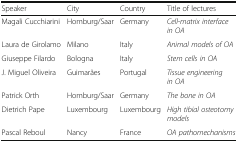
<table><thead><tr><td><b>Speaker</b></td><td><b>City</b></td><td><b>Country</b></td><td><b>Title of lectures</b></td></tr></thead><tbody><tr><td>Magali Cucchiarini</td><td>Homburg/Saar</td><td>Germany</td><td><i>Cell-matrix interface in OA</i></td></tr><tr><td>Laura de Girolamo</td><td>Milano</td><td>Italy</td><td><i>Animal models of OA</i></td></tr><tr><td>Giuseppe Filardo</td><td>Bologna</td><td>Italy</td><td><i>Stem cells in OA</i></td></tr><tr><td>J. Miguel Oliveira</td><td>Guimarães</td><td>Portugal</td><td><i>Tissue engineering in OA</i></td></tr><tr><td>Patrick Orth</td><td>Homburg/Saar</td><td>Germany</td><td><i>The bone in OA</i></td></tr><tr><td>Dietrich Pape</td><td>Luxembourg</td><td>Luxembourg</td><td><i>High tibial osteotomy models</i></td></tr><tr><td>Pascal Reboul</td><td>Nancy</td><td>France</td><td><i>OA pathomechanisms</i></td></tr></tbody></table>